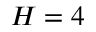
H = 4